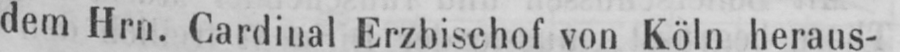
dem Hrn. Cardinal Erzbischof von Köln heraus-